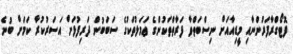
ފޮޓޯގްރާފަރުންނާއި މީޑިއާއަށް ނިސްބަތްވާ ފަރާތްތަކުންގެ ޢަމަލުތަކުގެ ސަބަބުން ދަރިފުޅަށް އަސަރުކުރާ ކަމަށް ބުނެ